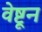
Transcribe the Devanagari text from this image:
वेष्टून